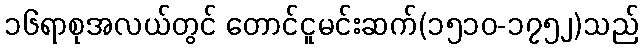
၁၆ရာစုအလယ်တွင် တောင်ငူမင်းဆက်(၁၅၁၀-၁၇၅၂)သည်